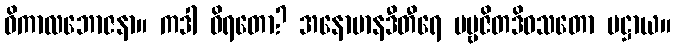
ဝိကာလဘောဇနာ။ ကဒါ ဝိရတော? အနောမာနဒီတီရေ ပဗ္ဗဇိတဒိဝသတော ပဋ္ဌာယ။